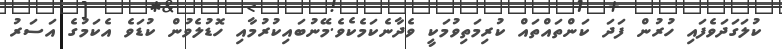
ކުލަގަދަވެފައި ހުރުން ފަދަ ކަންތައްތައް ކުރިމަތިވުމަކީ ވެދާނެކަމެކެވެ.މޭނުބައިކުރުމާއި ހޮޑުލެވުން ކުޑަވެ އެކަމުގެ އަސަރު